Civil Veterinary Dept. Assam report 1927-50 - 1927-1950
Year: 1927
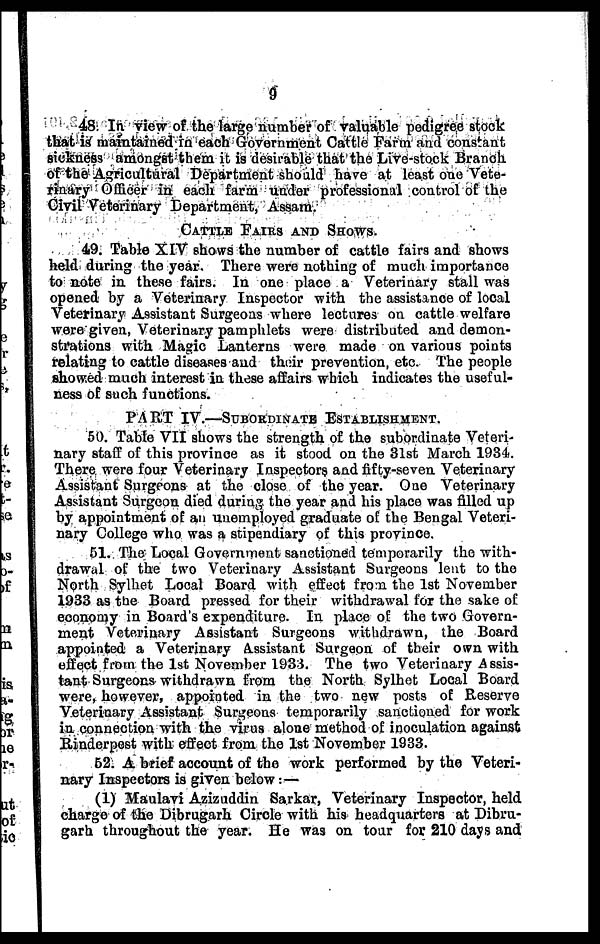
9
48 In view of the large number of valuable pedigree stock
that is maintained in each Government Cattle Farm and constant
sickness amongst them it is desirable that the Live-stock Branch
of the Agricultural Department should have at least one Vete-
rinary Officer in each farm under professional control of the
Civil Veterinary Department, Assam.
CATTLE FAIRS AND SHOWS.
49. Table XIV shows the number of cattle fairs and shows
held during the year. There were nothing of much importance
to note in these fairs. In one place a Veterinary stall was
opened by a Veterinary Inspector with the assistance of local
Veterinary Assistant Surgeons where lectures on cattle welfare
were given, Veterinary pamphlets were distributed and demon-
strations with Magic Lanterns were made on various points
relating to cattle diseases and their prevention, etc. The people
showed much interest in these affairs which indicates the useful-
ness of such functions.
PART IV.—SUBORDINATE ESTABLISHMENT.
50. Table VII shows the strength of the subordinate Veteri-
nary staff of this province as it stood on the 31st March 1931.
There were four Veterinary Inspectors and fifty-seven Veterinary
Assistant Surgeons at the close of the year. One Veterinary
Assistant Surgeon died during the year and his place was filled up
by appointment of an unemployed graduate of the Bengal Veteri-
nary College who was a stipendiary of this province.
51. The Local Government sanctioned temporarily the with-
drawal of the two Veterinary Assistant Surgeons lent to the
North Sylhet Local Board with effect fro:n the 1st November
1933 as the Board pressed for their withdrawal for the sake of
economy in Board's expenditure. In place of the two Govern-
ment Veterinary Assistant Surgeons withdrawn, the Board
appointed a Veterinary Assistant Surgeon of their own with
effect from the 1st November 1933. The two Veterinary Assis-
tant Surgeons withdrawn from the North Sylhet Local Board
were, however, appointed in the two new posts of Reserve
Veterinary Assistant Surgeons temporarily sanctioned for work
in connection with the virus alone method of inoculation against
Rinderpest with effect from the 1st November 1933.
62. A brief account of the work performed by the Veteri-
nary Inspectors is given below:—
(1) Maulavi Azizuddin Sarkar, Veterinary Inspector, held
charge of the Dibrugarh Circle with his headquarters at Dibru-
garn throughout the year. He was on tour for 210 days and